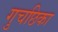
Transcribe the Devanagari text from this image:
गुचछिका